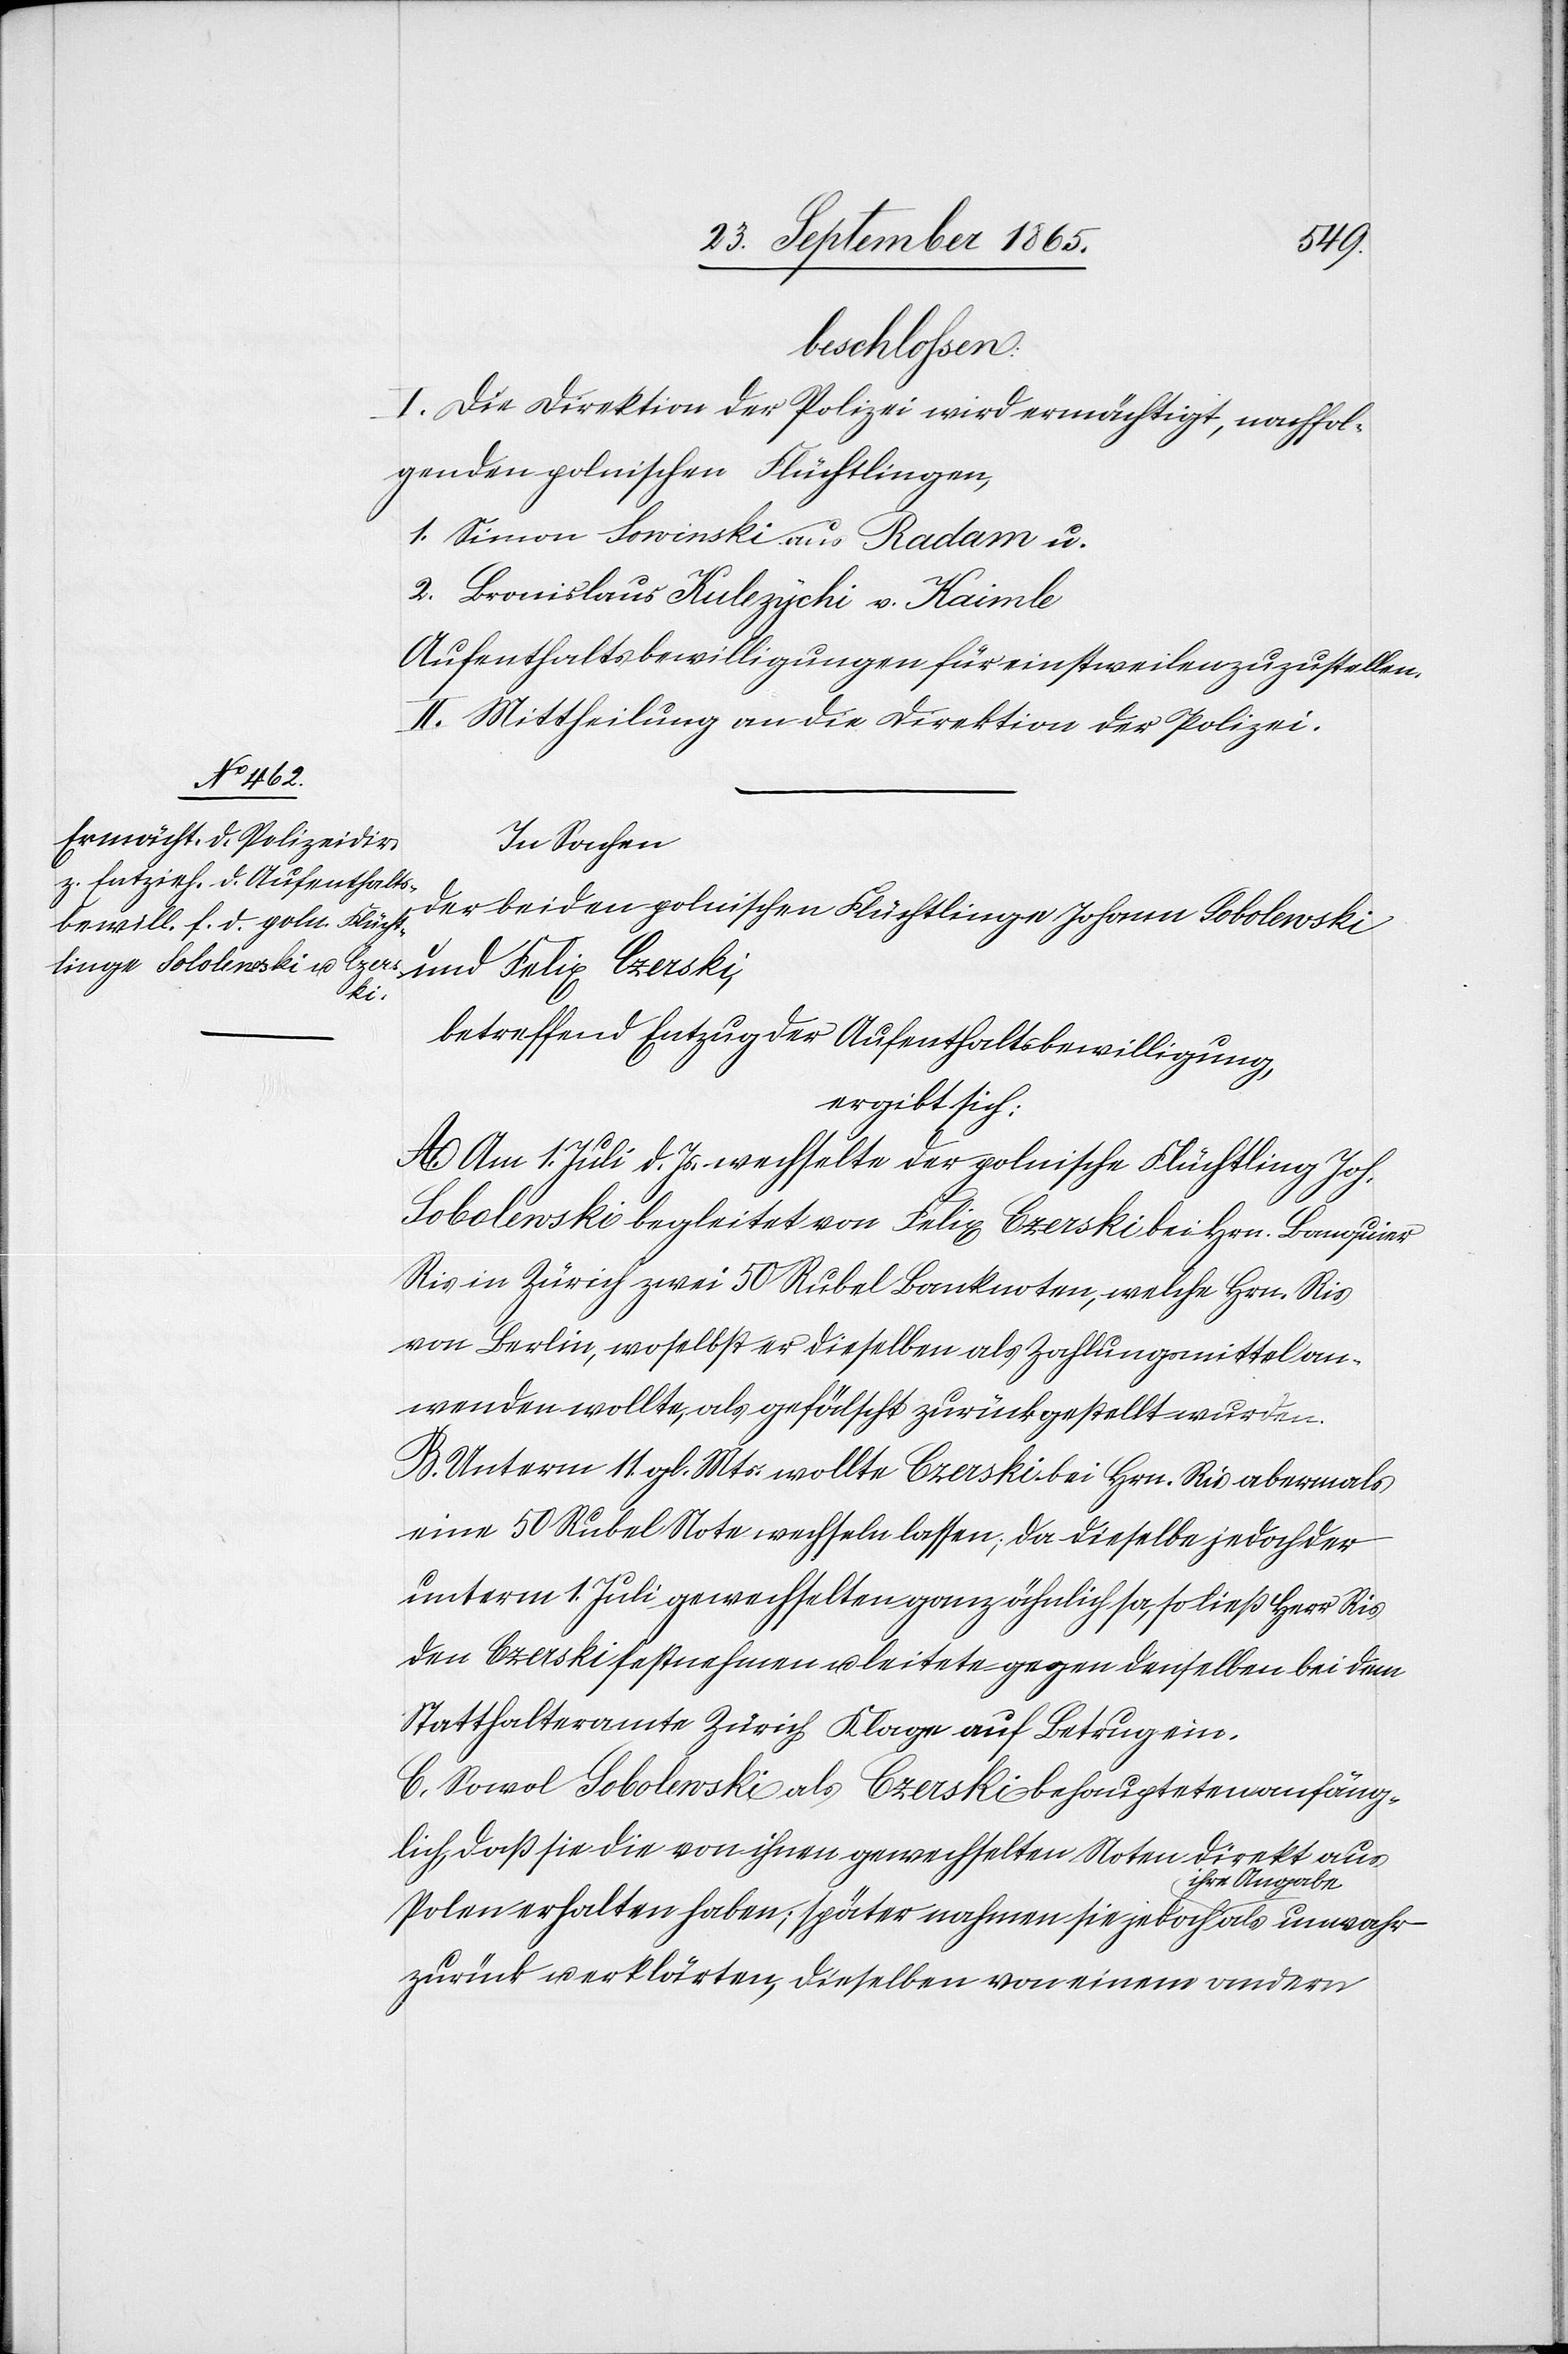
beschlossen:
I. Die Direktion der Polizei wird ermächtigt, nachfol¬
genden polnischen Flüchtlingen,
1. Simon Sowinski aus Radam u.
2. Bronislaus Kulezychi v. Kaimle
Aufenthaltsbewilligungen für einstweilen zuzustellen.
II. Mittheilung an die Direktion der Polizei.
In Sachen
der beiden polnischen Flüchtlinge Johann Sobolewski
und Felix Czerski,
betreffend Entzug der Aufenthaltsbewilligung,
ergibt sich:
A. Am 1. Juli d. Js. wechselte der polnische Flüchtling Joh.
Sobolewski begleitet von Felix Czerski bei Hrn. Banquier
Ris in Zürich zwei 50 Rubel Banknoten, welche Hrn. Ris
von Berlin, woselbst er dieselben als Zahlungsmittel an¬
wenden wollte, als gefälscht zurückgestellt wurden.
B. Unterm 11. gl. Mts. wolle Czerski bei Hrn. Ris abermals
eine 50 Rubel Note wechseln lassen; da dieselbe jedoch der
unterm 1. Juli gewechselten ganz ähnlich sa[h], so ließ Herr Ris
den Czerski festnehmen u. leitete gegen denselben bei dem
Statthalteramte Zürich Klage auf Betrug ein.
C. Sowol Sobolewski als Czerski behaupteten anfäng¬
lich, daß sie die von ihnen gewechselten Noten direkt aus
Polen erhalten haben; später nahmen sie jedoch ihre
zurück u. erklärten, dieselben von einem andern